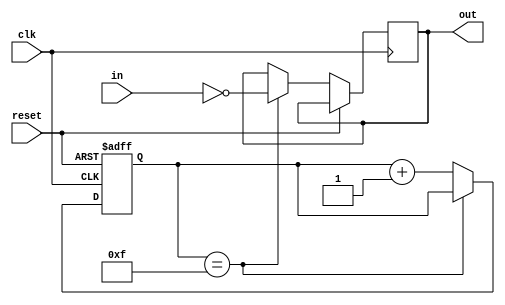
module inverter_delay (
    input wire clk,
    input wire reset,
    input wire in,
    output reg out
);

reg [3:0] delay_counter;

always @(posedge clk or posedge reset) begin
    if (reset) begin
        delay_counter <= 4'b0000;
    end else begin
        if (delay_counter == 4'b1111) begin
            out <= ~in;
        end else begin
            delay_counter <= delay_counter + 1;
        end
    end
end

endmodule